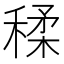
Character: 𥠊